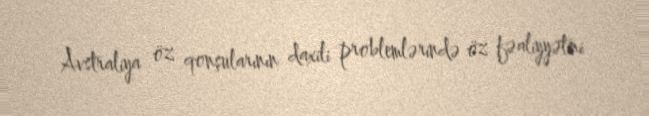
Avstraliya öz qonşularının daxili problemlərində öz fəaliyyətini